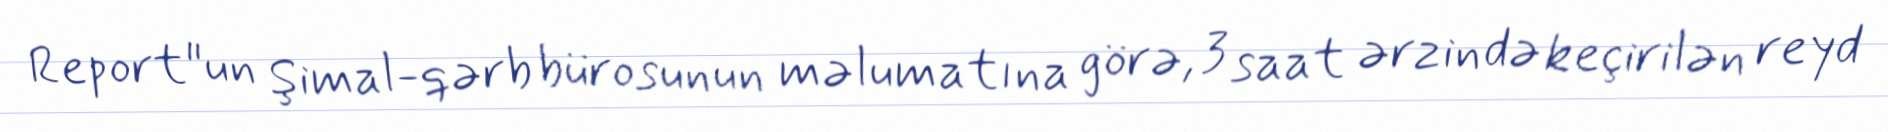
Report"un Şimal-qərb bürosunun məlumatına görə, 3 saat ərzində keçirilən reyd